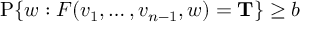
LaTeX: \operatorname { P } \{ w : F ( v _ { 1 } , \ldots , v _ { n - 1 } , w ) = \mathbf { T } \} \geq b